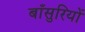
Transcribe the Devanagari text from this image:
बाँसुरियों